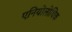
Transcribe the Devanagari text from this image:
एनियोलोथिक